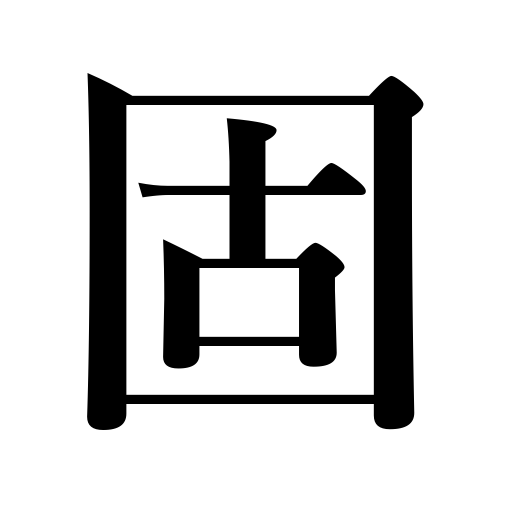
Meanings: locate,tough,stabilize,steady,stiffen,stiff,amass,chaste,strengthen,be devoted to,curdle,tight,tighten,firm,classical,settle down,safe,clot,solidify,collect,harden,set,solid,settle,hard,rigid,settle down weather,defend,strict,reliable,freeze,bookish,congeal,conglomerate,get together,fortify,sonstant,upright,stubborn